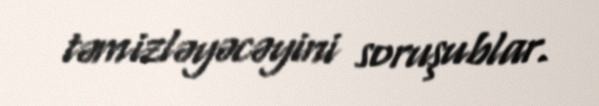
təmizləyəcəyini soruşublar.